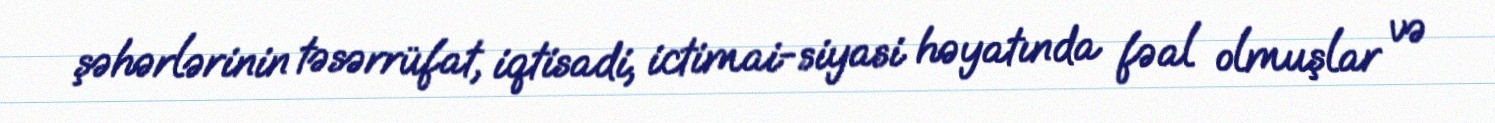
şəhərlərinin təsərrüfat, iqtisadi, ictimai-siyasi həyatında fəal olmuşlar və